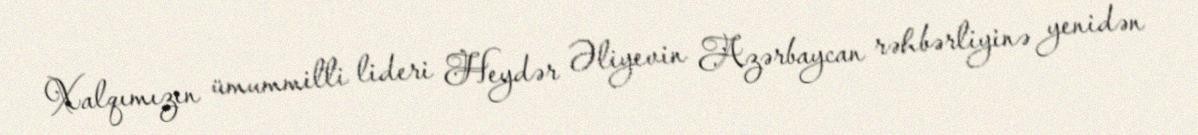
Xalqımızın ümummilli lideri Heydər Əliyevin Azərbaycan rəhbərliyinə yenidən